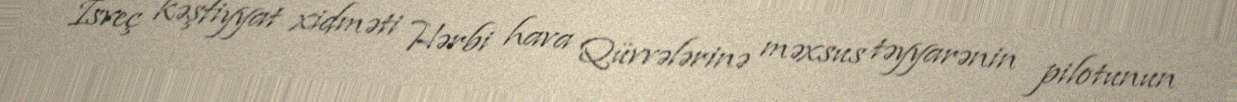
İsveç kəşfiyyat xidməti Hərbi hava Qüvvələrinə məxsus təyyarənin pilotunun